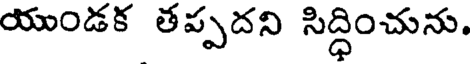
యుండక తప్పదని సిద్ధించును.